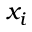
x _ { i }